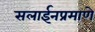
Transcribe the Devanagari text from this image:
सलाईनप्रमाणे